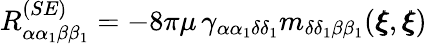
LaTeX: {R}_{\alpha\alpha_{1}\beta\beta_{1}}^{(SE)}=-8\pi\mu\, \gamma_{\alpha\alpha_{1}\delta\delta_{1}}m_{\delta\delta_{1}\beta\beta_{1}}({\pmb\xi},{\pmb\xi})